Report of the Lahore Medical School Hospital
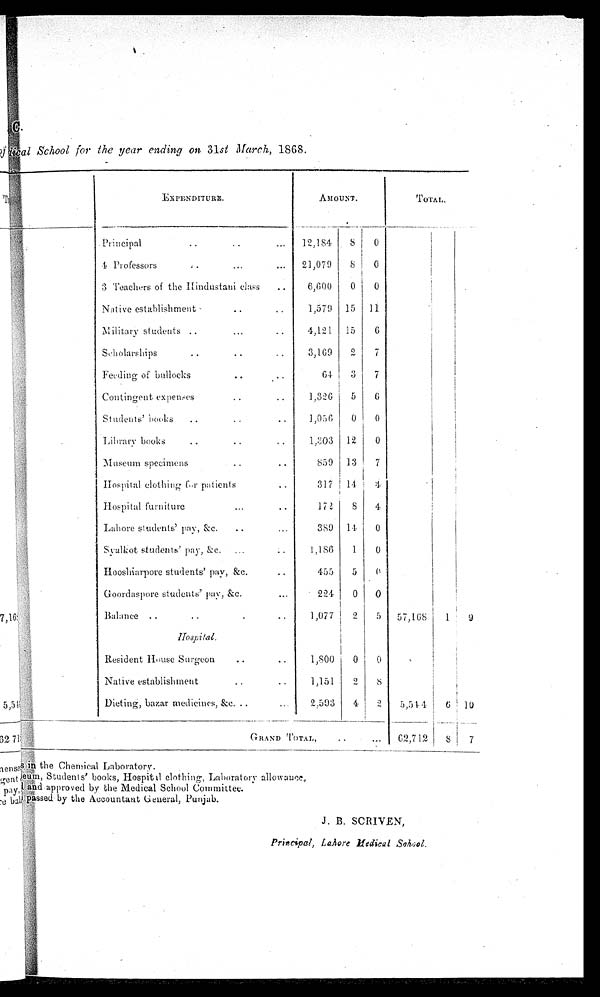
C.<illegible>
<illegible>ical School for the year ending on 31st March , 1868.
E X P E N D I T U R E .
AMOUNT.
T O T A L .
Principal . . .
1 2 , 1 8 4
8
0
4 Professors . . .
21,079
8 0
3 Teachers of the Hindustani class . . .
6,600
0
0
Native establishment . . .
1,579
15
11
Military students . . .
4,121
15
6
Scholarships . . .
3,169
2
7
Feeding of bullocks . . .
6 4
3
7
Contingent expenses . . .
1,326
5
6
Students' books . . .
1,056
0
0
Libraray books . . .
1,303
12
0
Museum specimens . . .
859
13
7
Hospital clothing for patients . . .
317
14
4
Hospital furniture . . .
172
8
4
Lahore students' pay, &c. . . .
389
14
0
Syalkot students' pay, &c. . . .
1 , 1 8 6
1
0
Hooshiarpore students' pay, &c. . . .
455
5
0
Goordaspore students' pay, &c. . . .
224
0
0
Balance . . .
1,077
2
5
57,168
1
9
Hospital.
Resident House Surgeon . . .
1,800
0
0
Native establishment . . .
1,151
2
8
Dieting, bazar medicines, &c. . . .
2,593
4
2
5 , 5 4 4
6
10
G R A N D T O T A L . , . . .
62,712
8
7
<illegible>in the Chemical Laboratory
.
<illegible>eum Students' books, Hospital clothing, Laboratory allowance,
<illegible>and approved by the Medical School Committee.
<illegible>passed by the Accountant General, punjab.
Principal, Labore Medical School.